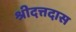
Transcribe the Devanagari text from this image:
श्रीदत्तदास